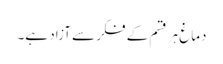
دماغ ہر قسم کے فکر سے آزاد ہے۔